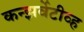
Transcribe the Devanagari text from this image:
कन्झर्वेटीव्ह